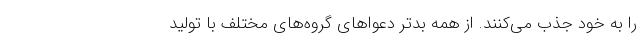
را به خود جذب می‌کنند. از همه بدتر دعواهای گروه‌های مختلف با تولید